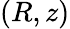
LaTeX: (R,z)